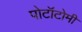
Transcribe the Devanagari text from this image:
पोटॉटोमी